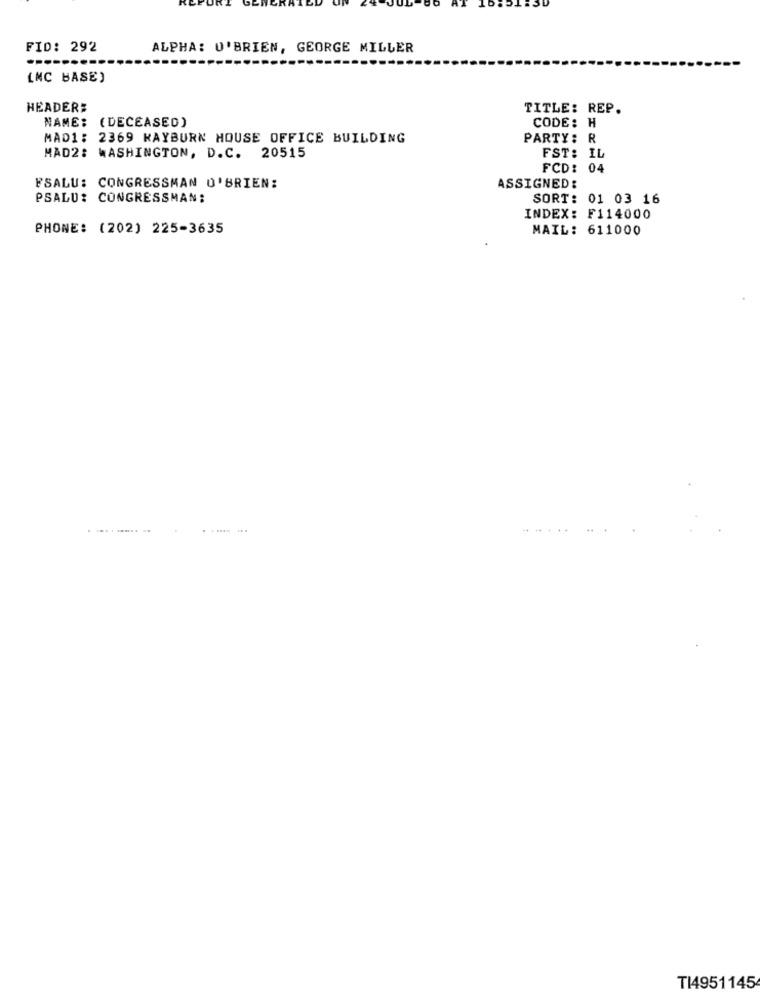
FID: 292
ALPHA: O'BRIEN, GEORGE MILLER
(NC BASE)
HEADER#
TITLE: REP.
NAME: (DECEASED)
CODE: H
MAD1: 2369 KAYBURN HOUSE OFFICE BUILDING
PARTY: R
MAD2: WASHINGTON, D.C. 20515
FST: IL
FCD: 04
FSALU: CONGRESSMAN O'BRIEN:
ASSIGNED:
PSALU: CONGRESSMAN:
SORT: 01 03 16
INDEX: F114000
PHONE: (202) 225-3635
MAIL: 611000
.------- -
TI4951145